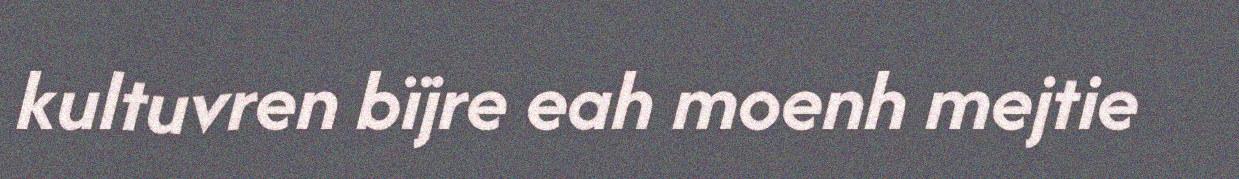
kultuvren bïjre eah moenh mejtie